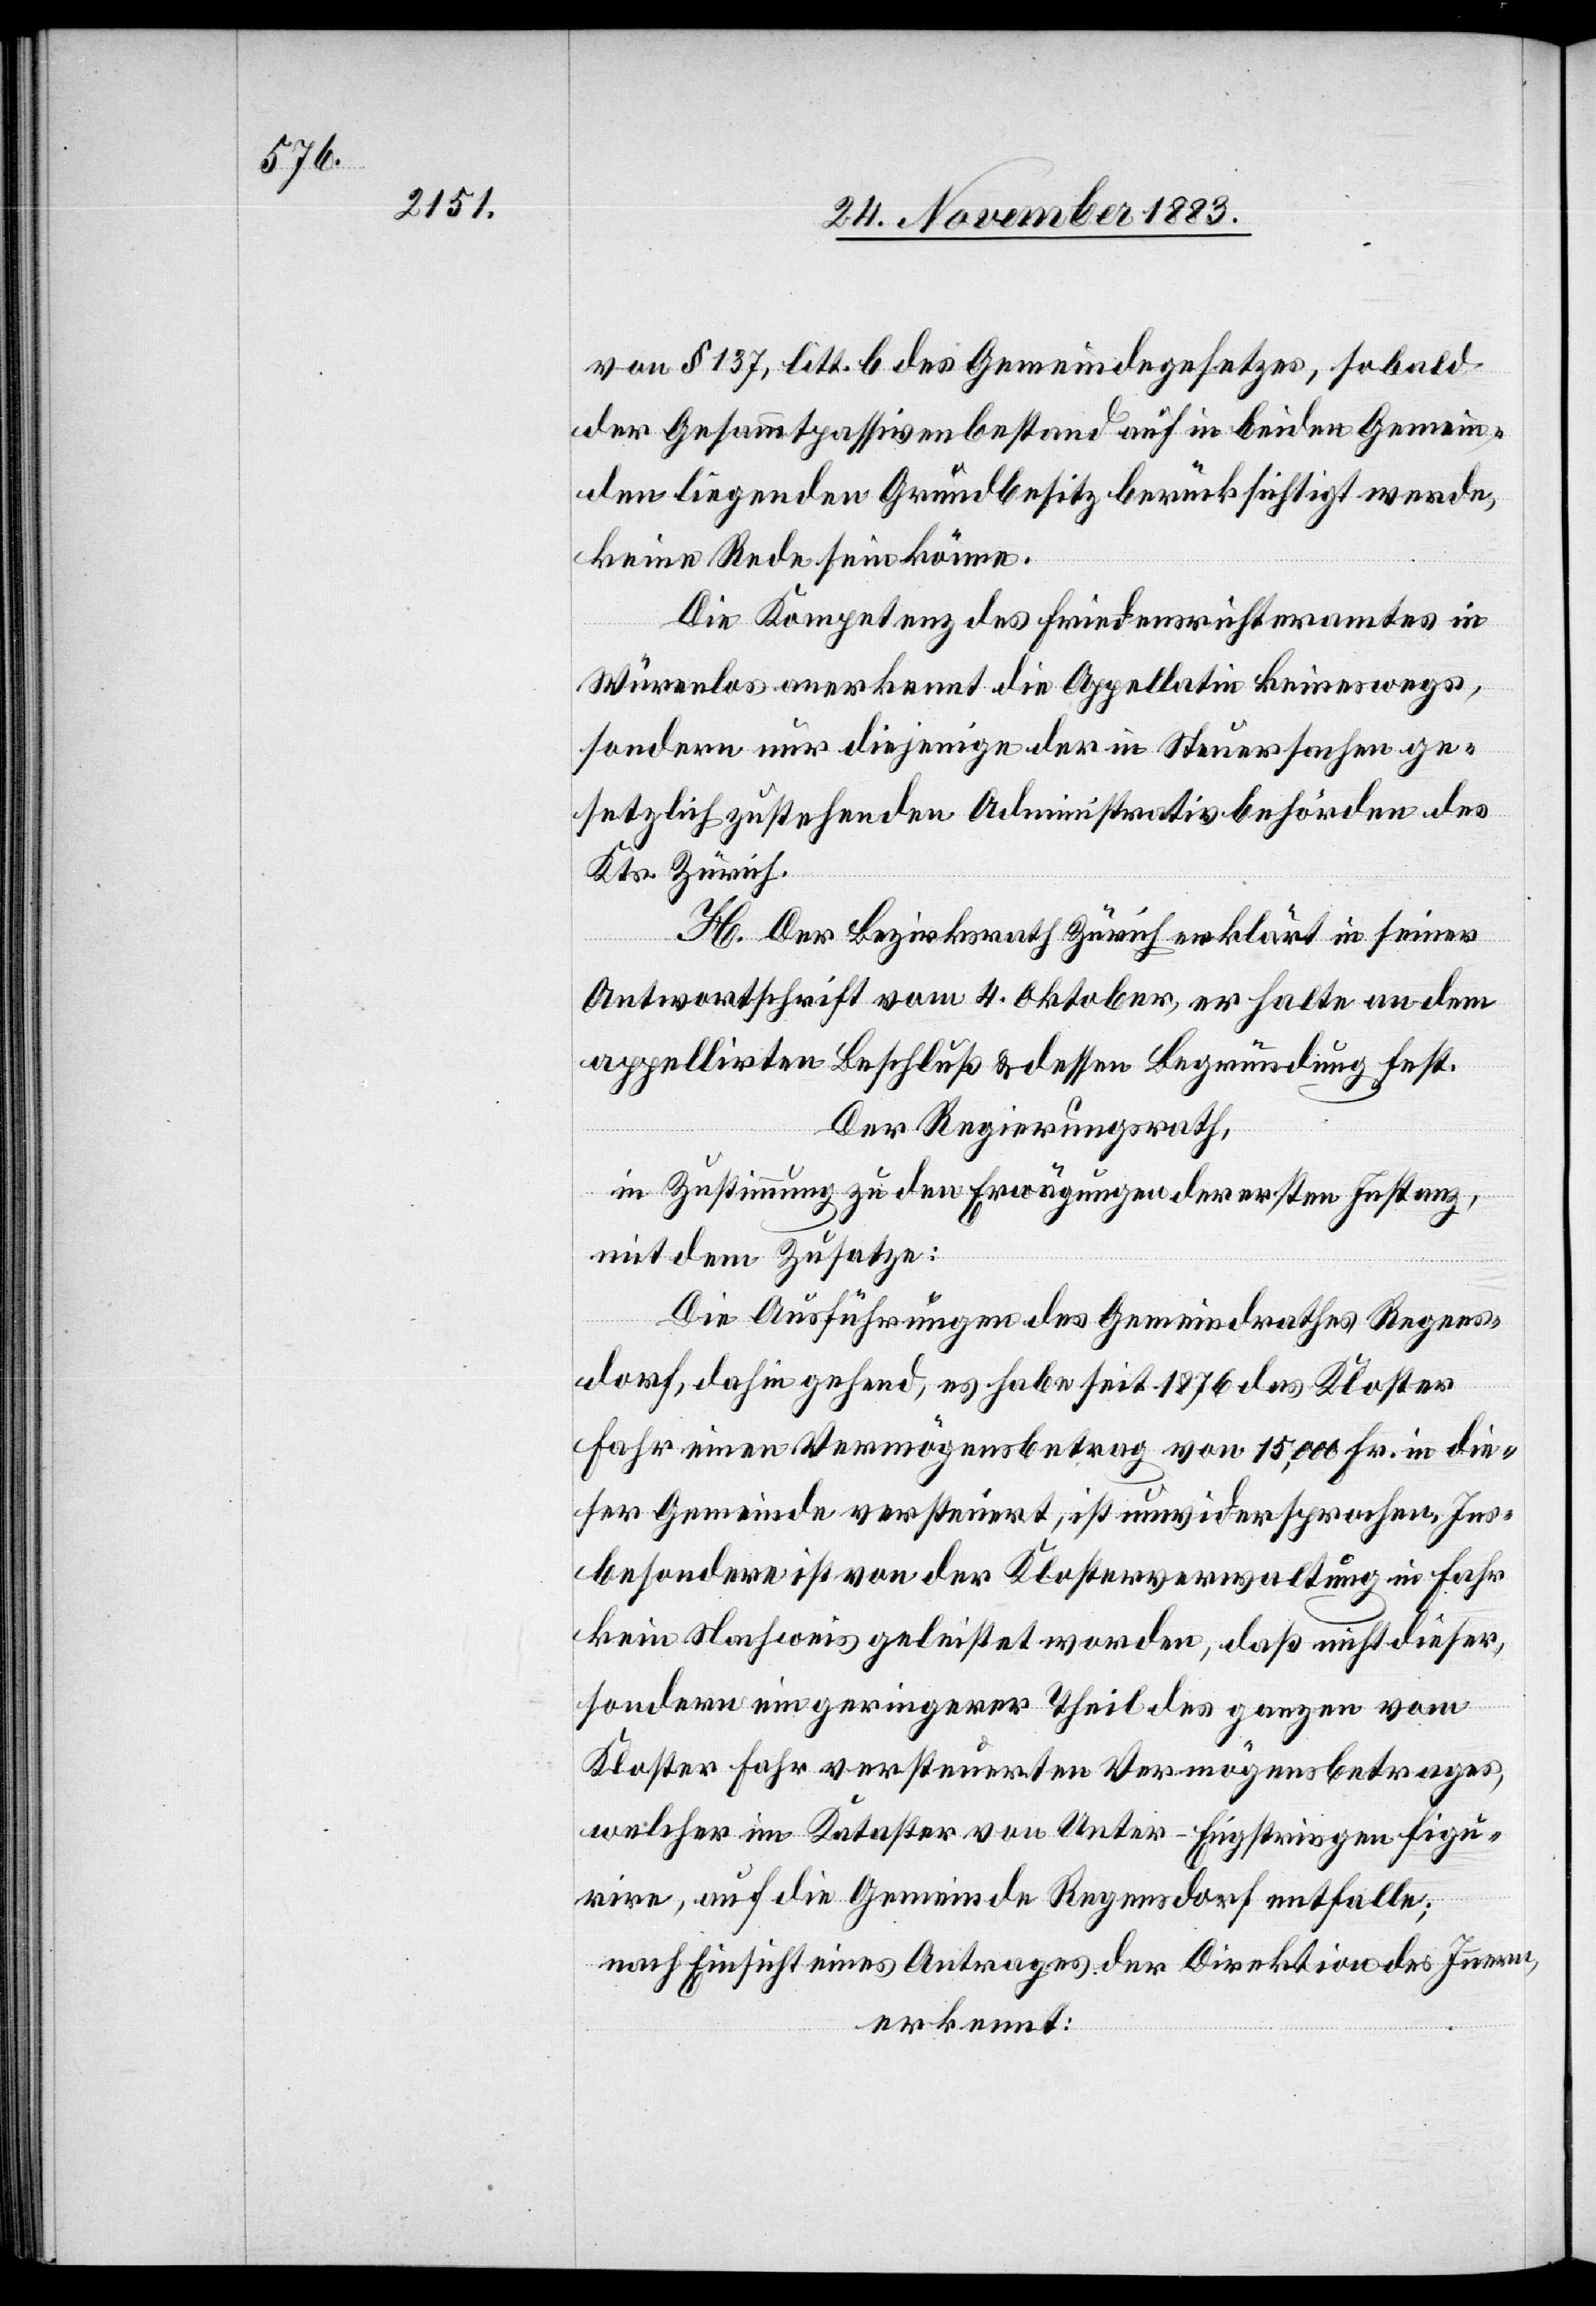
von § 137, litt. des Gemeindegesetzes, sobald
der Gesammtpassivenbestand auf in beiden Gemein¬
den liegenden Grundbesitz berücksichtigt werde,
keine Rede sein könne.
Die Kompetenz des Friedensrichteramtes in
Würenlos anerkennt die Appellatin keineswegs,
sondern nur diejenige der in Steuersachen ge¬
setzlich zustehenden Administrativbehörden des
Kts. Zürich.
H. Der Bezirksrath Zürich erklärt in seiner
Antwortschrift vom 4. Oktober er halte an dem
appellirten Beschluß & dessen Begründung fest.
Der Regierungsrath,
in Zustimmung zu den Erwägungen der ersten Instanz,
mit dem Zusatze:
Die Ausführungen des Gemeindrathes Regens¬
dorf, dahin gehend, es habe seit 1876 das Kloster
Fahr einen Vermögensbetrag von 15,000 Fr. in die¬
ser Gemeinde versteuert, ist unwidersprochen. Ins¬
besondere ist von der Klosterverwaltung in Fahr
kein Nachweis geleistet worden, daß nicht dieser,
sondern ein geringerer Theil des ganzen vom
Kloster Fahr versteuerten Vermögensbetrages,
welcher im Kataster von Unter-Engstringen figu¬
rire, auf die Gemeinde Regensdorf entfalle;
nach Einsicht eines Antrages der Direktion des Innern,
erkennt: